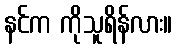
နင်က ကိုသူရိန်လား။